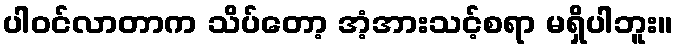
ပါဝင်လာတာက သိပ်တော့ အံ့အားသင့်စရာ မရှိပါဘူး။